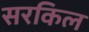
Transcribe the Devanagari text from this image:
सरकिल